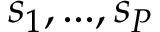
s _ { 1 } , . . . , s _ { P }